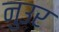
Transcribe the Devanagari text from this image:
नुउर